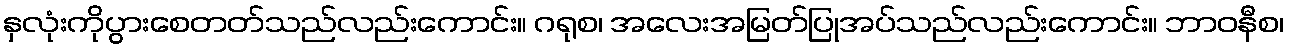
နှလုံးကိုပွားစေတတ်သည်လည်းကောင်း။ ဂရုစ၊ အလေးအမြတ်ပြုအပ်သည်လည်းကောင်း။ ဘာဝနီစ၊